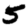
Digit: 5